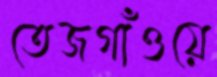
তেজগাঁওয়ে